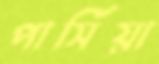
পার্সিয়া